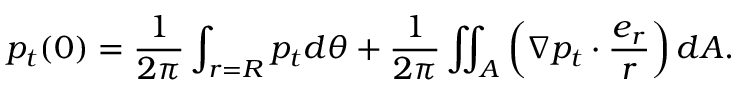
p _ { t } ( \boldsymbol { 0 } ) = \frac { 1 } { 2 \pi } \int _ { r = R } p _ { t } d \theta + \frac { 1 } { 2 \pi } \iint _ { A } \left( \boldsymbol { \nabla } p _ { t } \cdot \frac { \boldsymbol { e } _ { r } } { r } \right) d A .